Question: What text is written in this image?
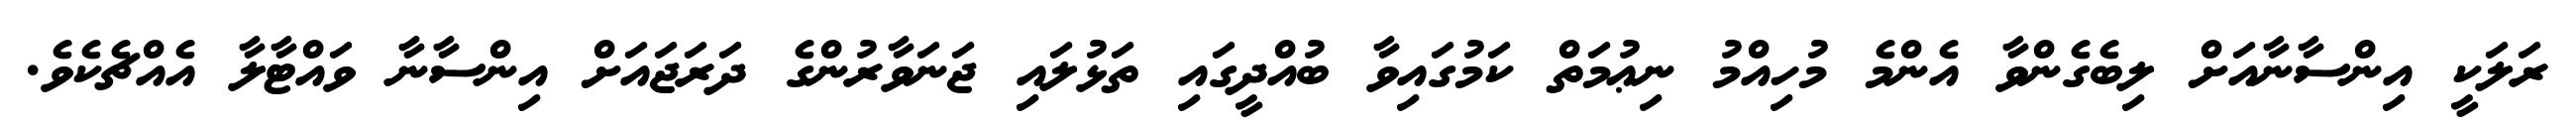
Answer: ރަލަކީ އިންސާނާއަށް ލިބެގެންވާ އެންމެ މުހިއްމު ނިޢުމަތް ކަމުގައިވާ ބުއްދީގައި ތަޅުލައި ޖަނަވާރުންގެ ދަރަޖައަށް އިންސާނާ ވައްޓާލާ އެއްޗެކެވެ.